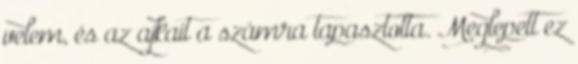
velem, és az ajkait a számra tapasztotta. Meglepett ez